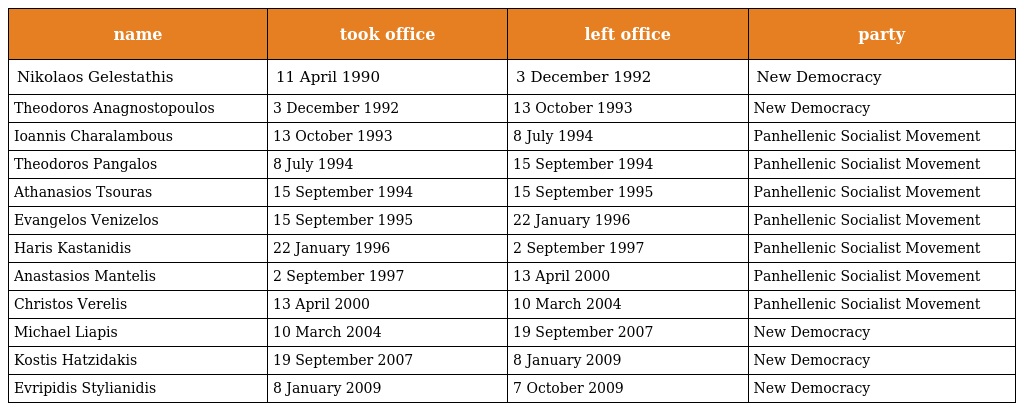
| name | took office | left office | party |
 | --- | --- | --- | --- |
 | Nikolaos Gelestathis | 11 April 1990 | 3 December 1992 | New Democracy |
 | Theodoros Anagnostopoulos | 3 December 1992 | 13 October 1993 | New Democracy |
 | Ioannis Charalambous | 13 October 1993 | 8 July 1994 | Panhellenic Socialist Movement |
 | Theodoros Pangalos | 8 July 1994 | 15 September 1994 | Panhellenic Socialist Movement |
 | Athanasios Tsouras | 15 September 1994 | 15 September 1995 | Panhellenic Socialist Movement |
 | Evangelos Venizelos | 15 September 1995 | 22 January 1996 | Panhellenic Socialist Movement |
 | Haris Kastanidis | 22 January 1996 | 2 September 1997 | Panhellenic Socialist Movement |
 | Anastasios Mantelis | 2 September 1997 | 13 April 2000 | Panhellenic Socialist Movement |
 | Christos Verelis | 13 April 2000 | 10 March 2004 | Panhellenic Socialist Movement |
 | Michael Liapis | 10 March 2004 | 19 September 2007 | New Democracy |
 | Kostis Hatzidakis | 19 September 2007 | 8 January 2009 | New Democracy |
 | Evripidis Stylianidis | 8 January 2009 | 7 October 2009 | New Democracy |